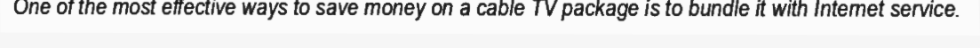
One of the most effective ways to save money on a cable TV package is to bundle it with Internet service.